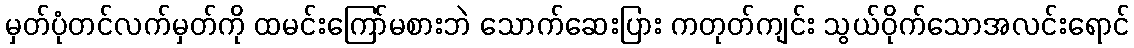
မှတ်ပုံတင်လက်မှတ်ကို ထမင်းကြော်မစားဘဲ သောက်ဆေးပြား ကတုတ်ကျင်း သွယ်ဝိုက်သောအလင်းရောင်